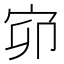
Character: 𡧙